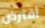
أفترض